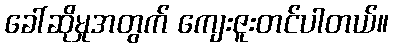
ခေါ်ဆိုမှုအတွက် ကျေးဇူးတင်ပါတယ်။